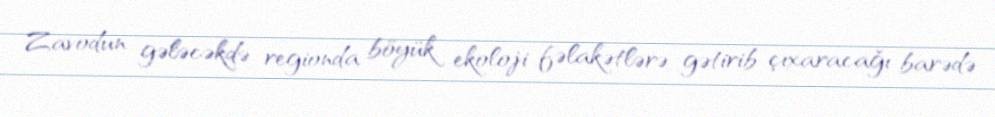
Zavodun gələcəkdə regionda böyük ekoloji fəlakətlərə gətirib çıxaracağı barədə